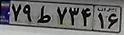
۷۹ط۷۳۴۱۶